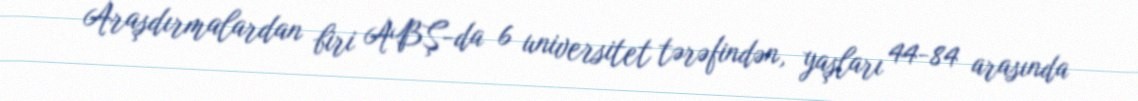
Araşdırmalardan biri ABŞ-da 6 universitet tərəfindən, yaşları 44-84 arasında